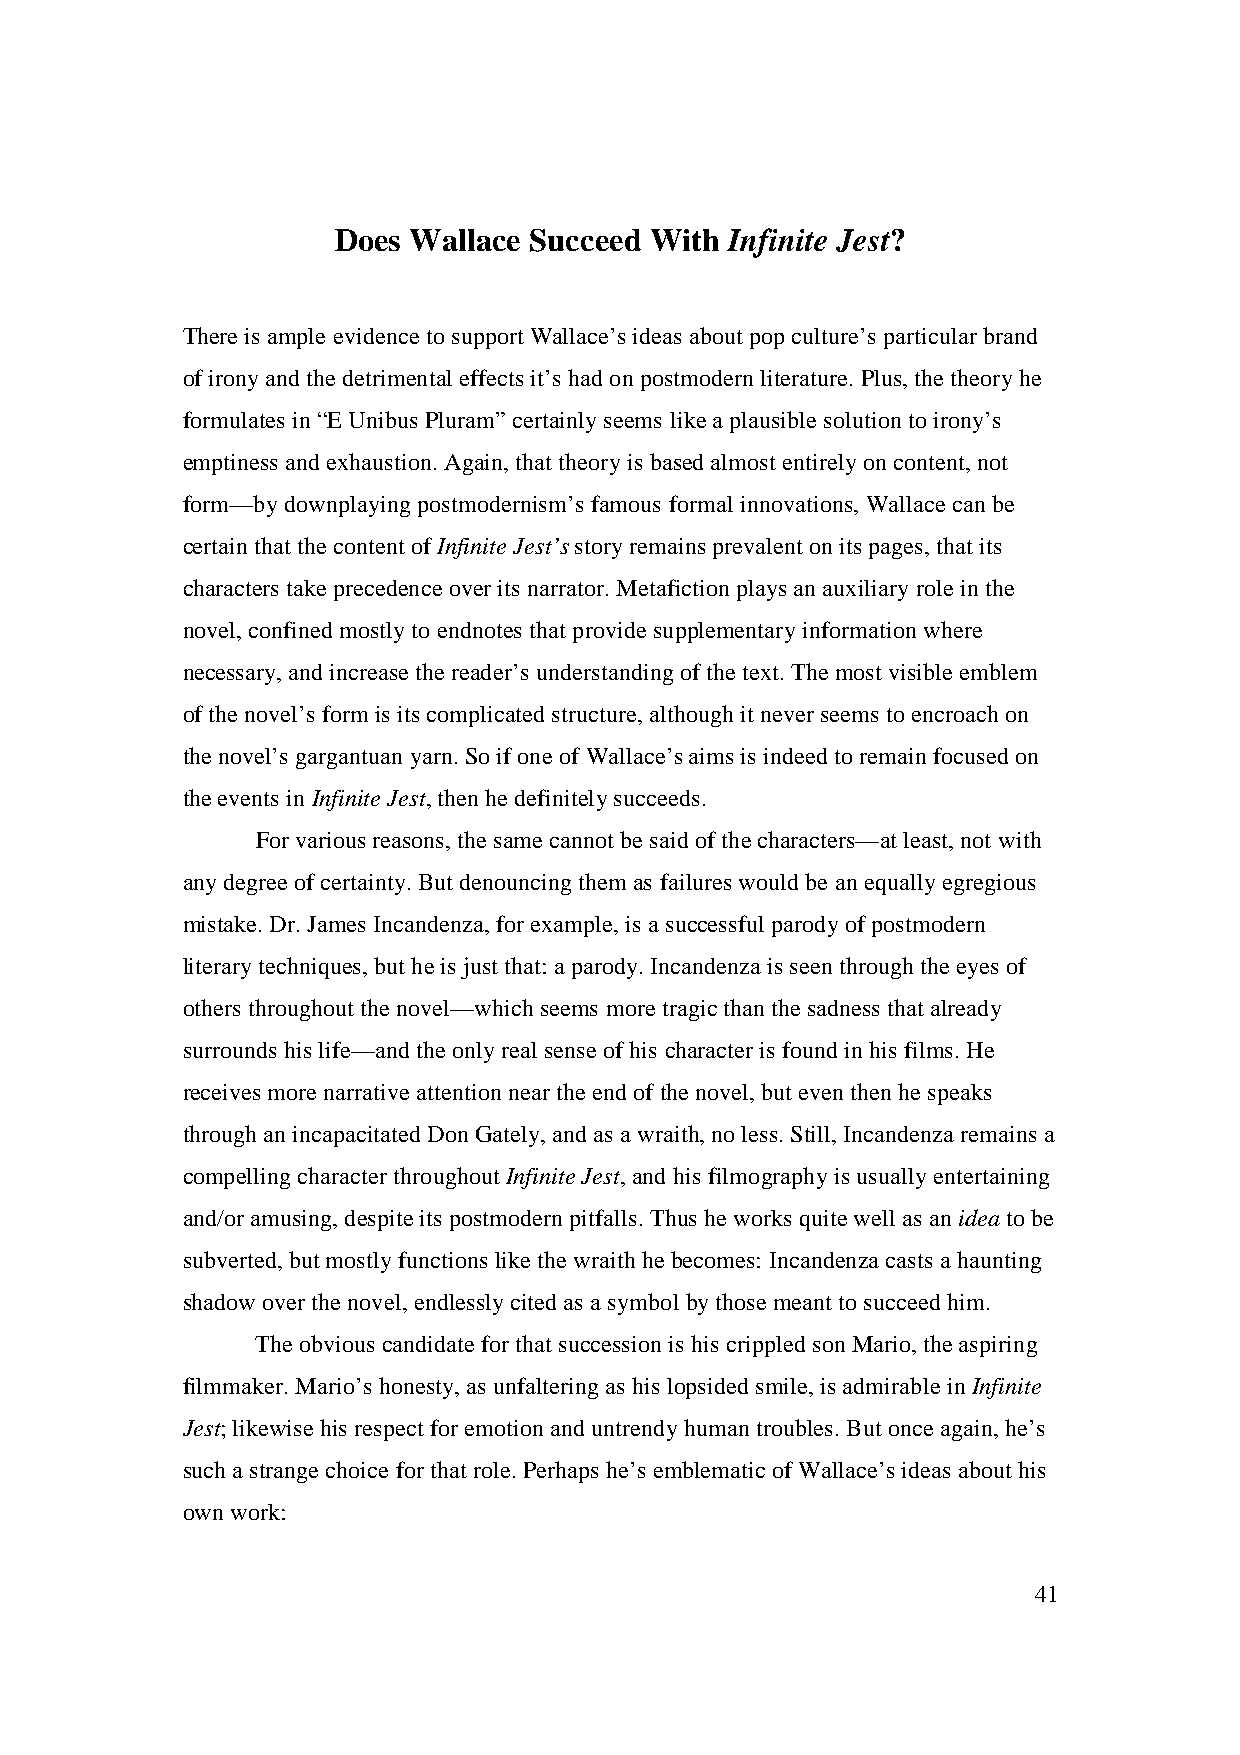
Does Wallace Succeed With Infinite Jest?
 There is ample evidence to support Wallace’s ideas about pop culture’s particular brand
 of irony and the detrimental effects it’s had on postmodern literature. Plus, the theory he
 formulates in “E Unibus Pluram” certainly seems like a plausible solution to irony’s
 emptiness and exhaustion. Again, that theory is based almost entirely on content, not
 form—by downplaying postmodernism’s famous formal innovations, Wallace can be
 certain that the content of Infinite Jest’s story remains prevalent on its pages, that its
 characters take precedence over its narrator. Metafiction plays an auxiliary role in the
 novel, confined mostly to endnotes that provide supplementary information where
 necessary, and increase the reader’s understanding of the text. The most visible emblem
 of the novel’s form is its complicated structure, although it never seems to encroach on
 the novel’s gargantuan yarn. So if one of Wallace’s aims is indeed to remain focused on
 the events in Infinite Jest, then he definitely succeeds.
 For various reasons, the same cannot be said of the characters—at least, not with
 any degree of certainty. But denouncing them as failures would be an equally egregious
 mistake. Dr. James Incandenza, for example, is a successful parody of postmodern
 literary techniques, but he is just that: a parody. Incandenza is seen through the eyes of
 others throughout the novel—which seems more tragic than the sadness that already
 surrounds his life—and the only real sense of his character is found in his films. He
 receives more narrative attention near the end of the novel, but even then he speaks
 through an incapacitated Don Gately, and as a wraith, no less. Still, Incandenza remains a
 compelling character throughout Infinite Jest, and his filmography is usually entertaining
 and/or amusing, despite its postmodern pitfalls. Thus he works quite well as an idea to be
 subverted, but mostly functions like the wraith he becomes: Incandenza casts a haunting
 shadow over the novel, endlessly cited as a symbol by those meant to succeed him.
 The obvious candidate for that succession is his crippled son Mario, the aspiring
 filmmaker. Mario’s honesty, as unfaltering as his lopsided smile, is admirable in Infinite
 Jest; likewise his respect for emotion and untrendy human troubles. But once again, he’s
 such a strange choice for that role. Perhaps he’s emblematic of Wallace’s ideas about his
 own work:
 41